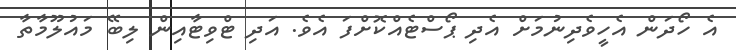
އެ ހޯދަން އެހީވެދިނުމަށް އެދި ޕޯސްޓެއްކޮށްފަ އެވެ. އަދި ޓްވިޓާއިން ލިބޭ މައުލޫމާތާ